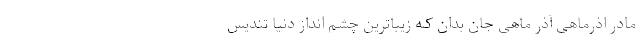
مادر اذرماهی آذر ماهی جان بدان کـه زیباترین چشم ‌انداز دنیا تندیس